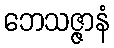
ဘေသဇ္ဇာနံ